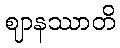
ဈာနဿာတိ